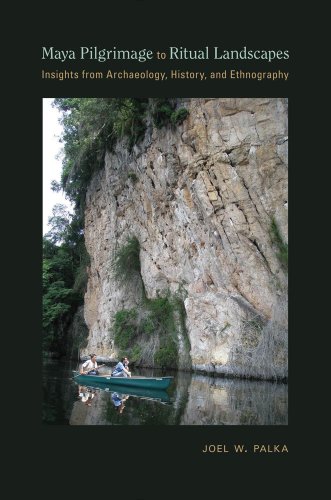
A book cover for Maya Pilgrimage to Ritual Landscapes: Insights from Archaeology, History, and Ethnography (Archaeologies of Landscape in the Americas); Joel W. Palka; History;